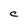
Character: C